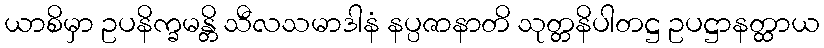
ယာစိမှာ ဥပနိက္ခမန္တိ သီလသမာဒါနံ နပ္ပဇာနာတိ သုတ္တနိပါတဋ္ဌ ဥပဋ္ဌာနတ္ထာယ